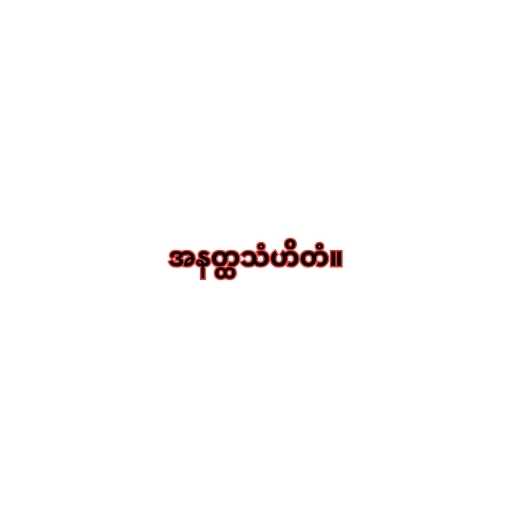
အနတ္ထသံဟိတံ။